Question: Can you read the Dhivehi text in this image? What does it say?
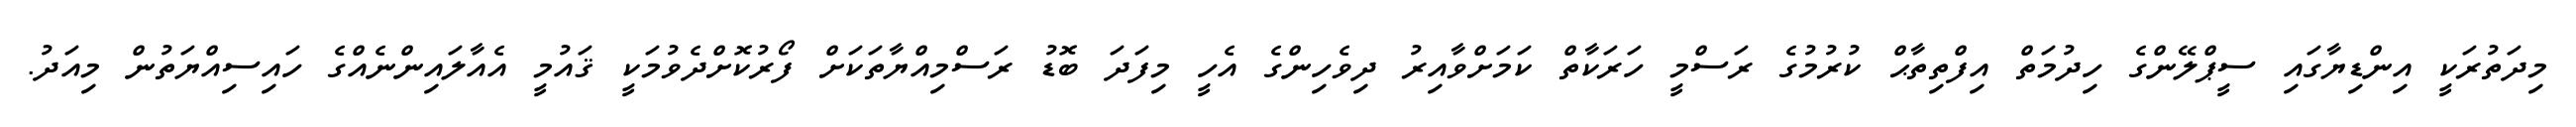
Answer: މިދަތުރަކީ އިންޑިޔާގައި ސީޕްލޭންގެ ހިދުމަތް އިފްތިތާޙް ކުރުމުގެ ރަސްމީ ހަރަކާތް ކަމަށްވާއިރު ދިވެހިންގެ އެހީ މިފަދަ ބޮޑު ރަސްމިއްޔާތަކަށް ފޯރުކޮށްދެވުމަކީ ޤައުމީ އެއާލައިންނެއްގެ ހައިސިއްޔަތުން މިއަދު.